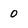
Character: o